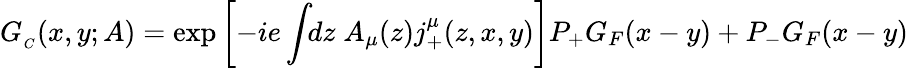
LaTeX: G_{_C}(x,y;A)=\exp\left[-ie\int\! \! dz\; A_{\mu}(z)j_{+}^{\mu}(z,x,y)\right]P_{+}G_{F}(x-y)+P_{-}G_{F}(x-y)